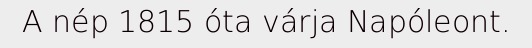
A nép 1815 óta várja Napóleont.